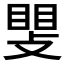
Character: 𫿊